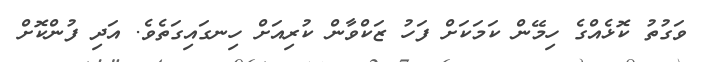
ވަގުތު ކޮޅެއްގެ ހިމޭން ކަމަކަށް ފަހު ޒަކްވާން ކުރިއަށް ހިނގައިގަތެވެ. އަދި ފުންކޮށް